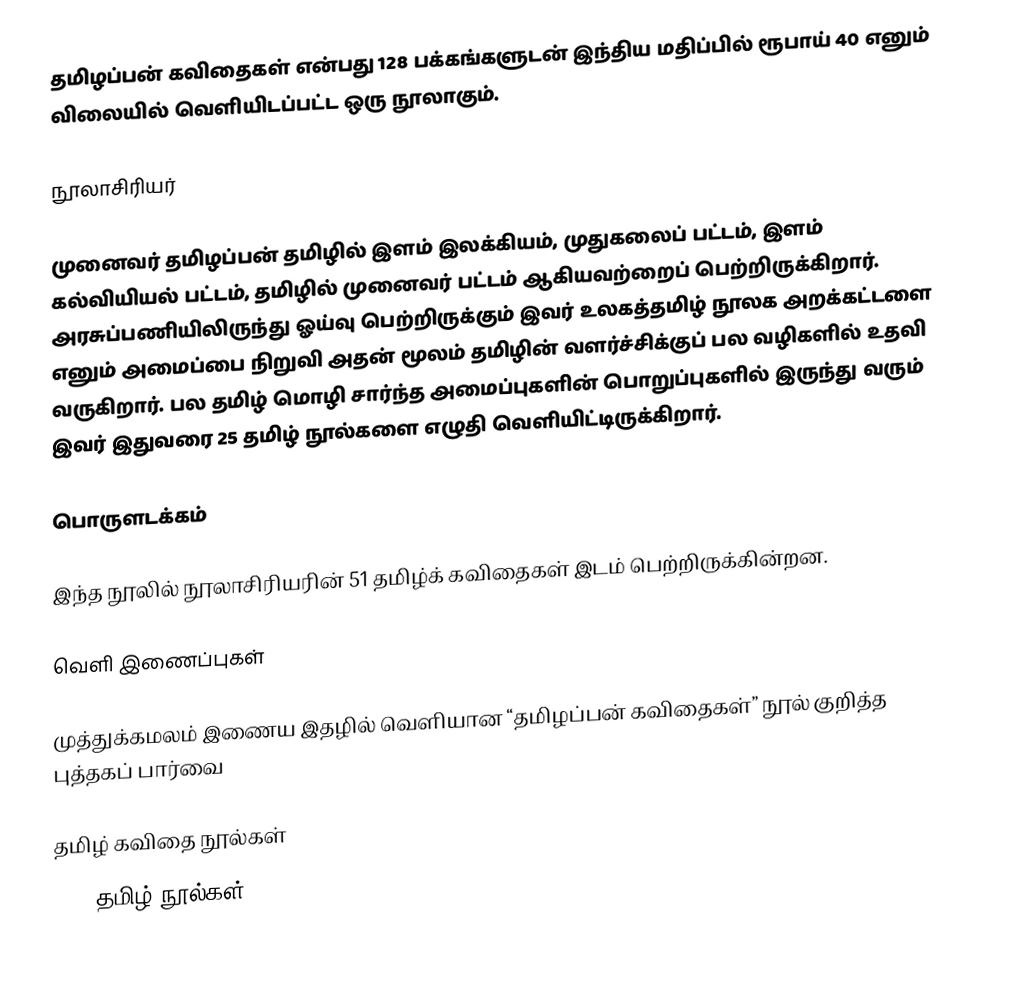
தமிழப்பன் கவிதைகள் என்பது 128 பக்கங்களுடன் இந்திய மதிப்பில் ரூபாய் 40 எனும் விலையில் வெளியிடப்பட்ட ஒரு நூலாகும்.

நூலாசிரியர்

முனைவர் தமிழப்பன் தமிழில் இளம் இலக்கியம், முதுகலைப் பட்டம், இளம் கல்வியியல் பட்டம், தமிழில் முனைவர் பட்டம் ஆகியவற்றைப் பெற்றிருக்கிறார். அரசுப்பணியிலிருந்து ஓய்வு பெற்றிருக்கும் இவர் உலகத்தமிழ் நூலக அறக்கட்டளை  எனும் அமைப்பை நிறுவி அதன் மூலம் தமிழின் வளர்ச்சிக்குப் பல வழிகளில் உதவி வருகிறார். பல தமிழ்  மொழி  சார்ந்த அமைப்புகளின் பொறுப்புகளில் இருந்து வரும் இவர் இதுவரை 25 தமிழ் நூல்களை எழுதி வெளியிட்டிருக்கிறார்.

பொருளடக்கம்

இந்த நூலில் நூலாசிரியரின் 51 தமிழ்க் கவிதைகள் இடம் பெற்றிருக்கின்றன.

வெளி இணைப்புகள்

  முத்துக்கமலம் இணைய இதழில் வெளியான “தமிழப்பன் கவிதைகள்” நூல் குறித்த புத்தகப் பார்வை

தமிழ் கவிதை நூல்கள்
2003 தமிழ் நூல்கள்